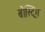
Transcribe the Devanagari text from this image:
बोस्ट्रिंग